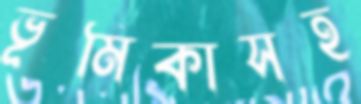
ভূমিকাসহ